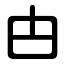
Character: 甴